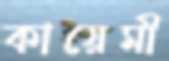
কায়েমী